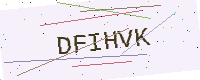
Text: DFIHVK